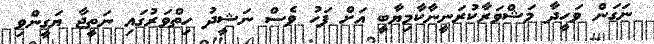
ނަގަން ވަހީދާ މަޝްވަރާކުރަނީނާކާމިޔާބީ އަށް ފަހު ވެސް ނަޝީދު ހިތްވަރުގައި ނަތީޖާ ޔަގީންވި